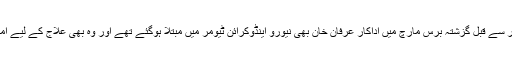
خیال رہے کہ رشی کپور سے قبل گزشتہ برس مارچ میں اداکار عرفان خان بھی نیورو اینڈوکرائن ٹیومر میں مبتلا ہوگئے تھے اور وہ بھی علاج کے لیے امریکا منتقل ہوگئے تھے۔